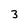
Character: 3